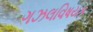
ગઝલવિષયક